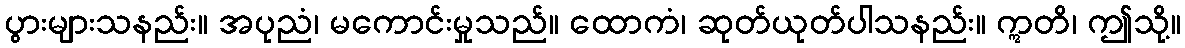
ပွားများသနည်း။ အပုညံ၊ မကောင်းမှုသည်။ ထောကံ၊ ဆုတ်ယုတ်ပါသနည်း။ ဣတိ၊ ဤသို့။